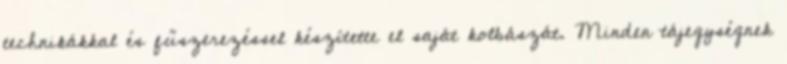
technikákkal és fűszerezéssel készítette el saját kolbászát. Minden tájegységnek